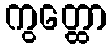
ကွတ္ထော